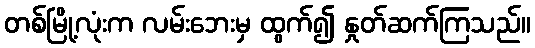
တစ်မြို့လုံးက လမ်းဘေးမှ ထွက်၍ နှုတ်ဆက်ကြသည်။